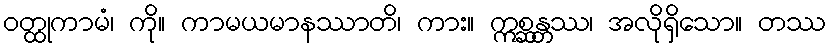
ဝတ္ထုကာမံ၊ ကို။ ကာမယမာနဿာတိ၊ ကား။ ဣစ္ဆန္တဿ၊ အလိုရှိသော။ တဿ